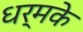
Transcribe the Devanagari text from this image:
धर्मके